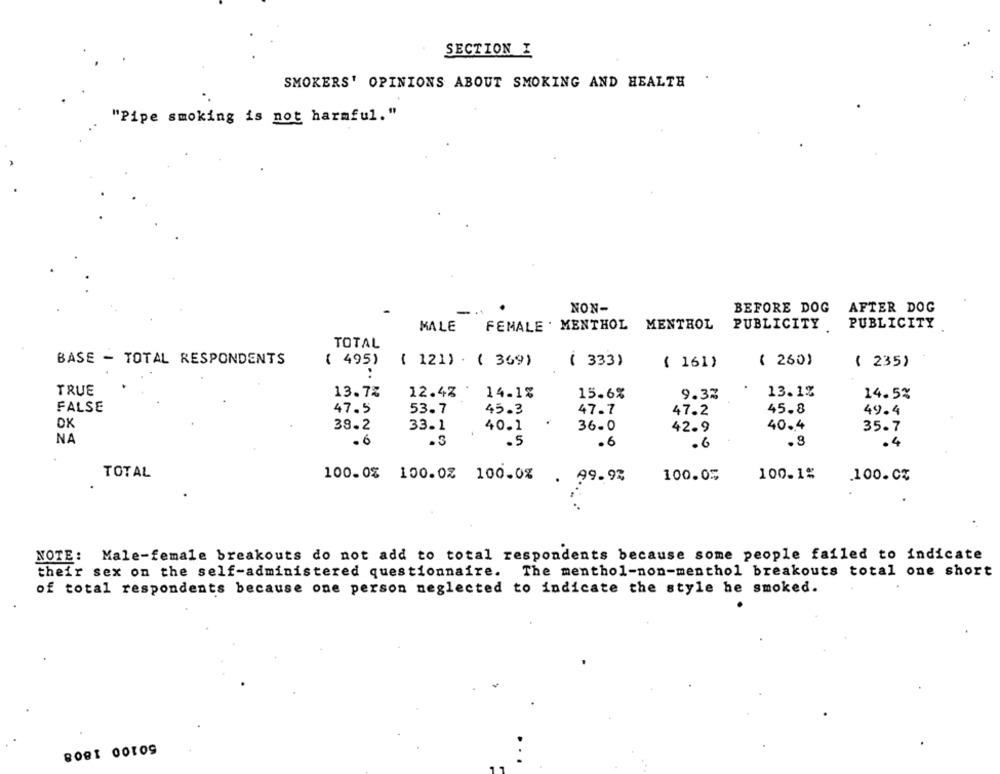
SECTION I
SMOKERS' OPINIONS ABOUT SMOKING AND HEALTH
"Pipe smoking is not harmful."
NON-
BEFORE DOG
AFTER DOG
FEMALE . MENTHOL MENTHOL
PUBLICITY
MALE
PUBLICITY.
TOTAL
BASE - TOTAL RESPONDENTS
( 495)
( 121) . ( 369)
( 333)
( 161)
( 260)
( 235)
:
TRUE
13.7%
12.4%
14.1%
15.6%
9.3%
13.1%
14.5%
FALSE
47.5
53.7
45.3
47.7
47.2
45.8
49.4
OK
38.2
40.1
36.0
40.4
33.1
42.9
35.7
NA
·6
.3
.5
.6
.6
.8
.4
TOTAL
100.0% 100.0% 100.0%
99.9%
100.05
100.1%
100.CZ
NOTE: Male-female breakouts do not add to total respondents because some people failed to indicate
their sex on the self-administered questionnaire. The menthol-non-menthol breakouts total one short
of total respondents because one person neglected to indicate the style he smoked.